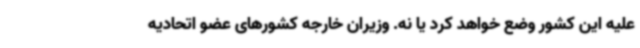
علیه این کشور وضع خواهد کرد یا نه. وزیران خارجه کشورهای عضو اتحادیه